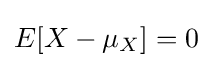
E[X-\mu _{X}]=0